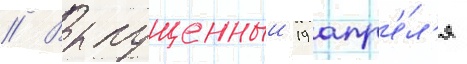
// Выпущенныи 19 апр'е́л'я